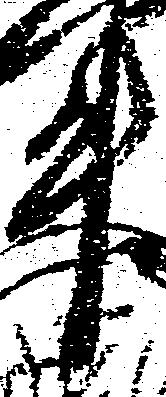
升